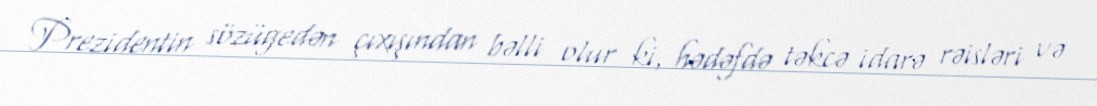
Prezidentin sözügedən çıxışından bəlli olur ki, hədəfdə təkcə idarə rəisləri və